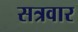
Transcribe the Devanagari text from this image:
सत्रवार